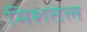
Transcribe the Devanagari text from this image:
मिशतेल